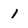
Character: 1